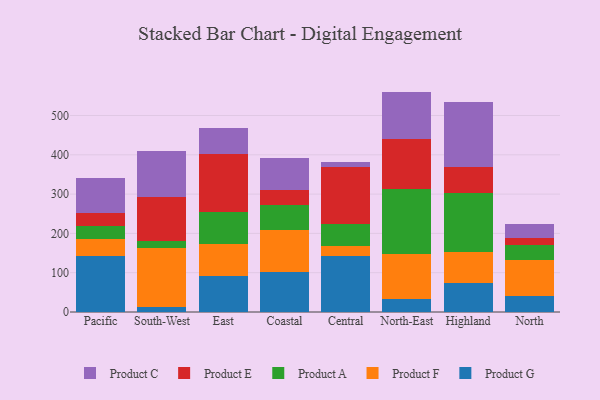
{"axis": {"x": "Region", "y": "Satisfaction Score"}, "legend": ["Product A", "Product C", "Product E", "Product F", "Product G"], "data": [{"x": "Pacific", "y": 143.1, "type": "Product G"}, {"x": "Pacific", "y": 42.2, "type": "Product F"}, {"x": "Pacific", "y": 33.4, "type": "Product A"}, {"x": "Pacific", "y": 34.2, "type": "Product E"}, {"x": "Pacific", "y": 88.7, "type": "Product C"}, {"x": "South-West", "y": 12.1, "type": "Product G"}, {"x": "South-West", "y": 151.2, "type": "Product F"}, {"x": "South-West", "y": 17.7, "type": "Product A"}, {"x": "South-West", "y": 110.5, "type": "Product E"}, {"x": "South-West", "y": 118.4, "type": "Product C"}, {"x": "East", "y": 90.9, "type": "Product G"}, {"x": "East", "y": 82.0, "type": "Product F"}, {"x": "East", "y": 81.0, "type": "Product A"}, {"x": "East", "y": 147.0, "type": "Product E"}, {"x": "East", "y": 66.6, "type": "Product C"}, {"x": "Coastal", "y": 102.1, "type": "Product G"}, {"x": "Coastal", "y": 105.6, "type": "Product F"}, {"x": "Coastal", "y": 65.0, "type": "Product A"}, {"x": "Coastal", "y": 38.3, "type": "Product E"}, {"x": "Coastal", "y": 81.0, "type": "Product C"}, {"x": "Central", "y": 143.2, "type": "Product G"}, {"x": "Central", "y": 26.0, "type": "Product F"}, {"x": "Central", "y": 54.8, "type": "Product A"}, {"x": "Central", "y": 144.9, "type": "Product E"}, {"x": "Central", "y": 11.7, "type": "Product C"}, {"x": "North-East", "y": 33.8, "type": "Product G"}, {"x": "North-East", "y": 113.3, "type": "Product F"}, {"x": "North-East", "y": 164.9, "type": "Product A"}, {"x": "North-East", "y": 128.7, "type": "Product E"}, {"x": "North-East", "y": 120.1, "type": "Product C"}, {"x": "Highland", "y": 73.0, "type": "Product G"}, {"x": "Highland", "y": 78.5, "type": "Product F"}, {"x": "Highland", "y": 151.6, "type": "Product A"}, {"x": "Highland", "y": 64.6, "type": "Product E"}, {"x": "Highland", "y": 167.3, "type": "Product C"}, {"x": "North", "y": 39.7, "type": "Product G"}, {"x": "North", "y": 91.6, "type": "Product F"}, {"x": "North", "y": 39.7, "type": "Product A"}, {"x": "North", "y": 17.1, "type": "Product E"}, {"x": "North", "y": 36.8, "type": "Product C"}]}